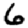
Digit: 6